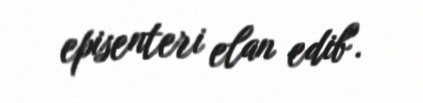
episenteri elan edib".